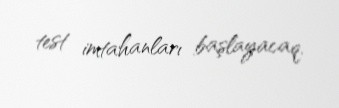
test imtahanları başlayacaq.